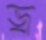
ড্র